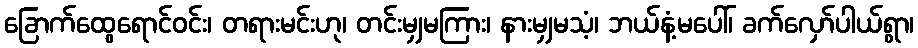
ခြောက်ထွေရောင်ဝင်း၊ တရားမင်းဟု၊ တင်းမျှမကြား၊ နားမျှမသံ့၊ ဘယ်နံ့မပေါ်၊ ခက်လှော်ပါယ်ရွာ၊